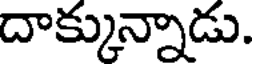
దాక్కున్నాడు.